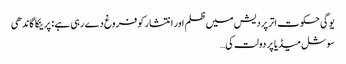
یوگی حکوت اتر پردیش میں ظلم اور انتشار کو فروغ دے رہی ہے : پرینکا گاندھی
سوشل میڈیا پر دولت کی…